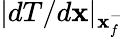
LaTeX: |dT/d\mathbf{x}|_{\mathbf{x}_{f}^{-}}